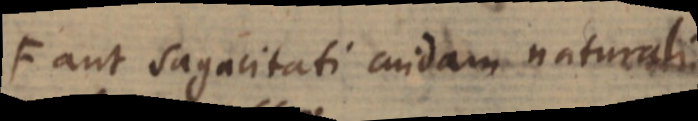
aut sagacitati cuidam naturali